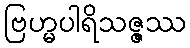
ဗြဟ္မပါရိသဇ္ဇဿ